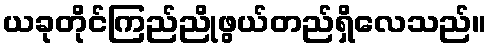
ယခုတိုင်ကြည်ညိုဖွယ်တည်ရှိလေသည်။